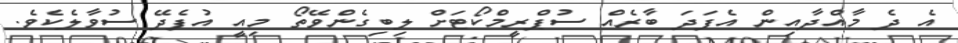
އެ ދެ މާއްދާއިން އެފަދަ ބާރެއް ސުޕްރީމްކޯޓަށް ލިބިގެންވޭތޯ މިއީ އުފެދޭ ސުވާލެކެވެ.